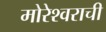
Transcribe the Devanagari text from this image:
मोरेश्वराची